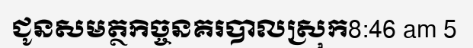
ជូនសមត្ថកិច្ចនគរបាលស្រុក8:46 am 5